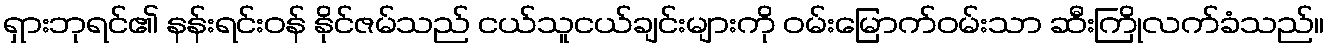
ရှားဘုရင်၏ နန်းရင်းဝန် နိုင်ဇမ်သည် ငယ်သူငယ်ချင်းများကို ဝမ်းမြောက်ဝမ်းသာ ဆီးကြိုလက်ခံသည်။